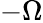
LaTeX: -\Omega